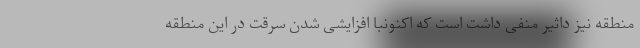
منطقه نیز داثیر منفی داشت است که اکنونبا افزایشی شدن سرقت در این منطقه